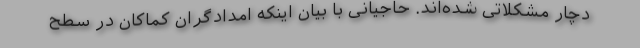
دچار مشکلاتی شده‌اند. حاجیانی با بیان اینکه امدادگران کماکان در سطح